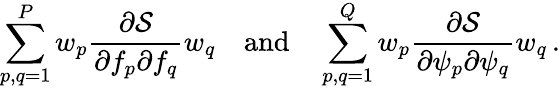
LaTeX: \sum_{p,q=1}^{P}w_{p}\frac{\partial\mathcal{S}}{\partial f_{p}\partial f_{q}}w_{q}\quad\mathrm{and}\quad\sum_{p,q=1}^{Q}w_{p}\frac{\partial\mathcal{S}}{\partial\psi_{p}\partial\psi_{q}}w_{q}\, .